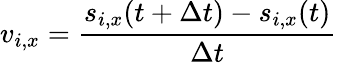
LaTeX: v_{i,x}=\frac{s_{i,x}(t+\Delta t)-s_{i,x}(t)}{\Delta t}